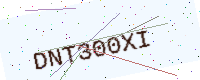
Text: DNT300XI